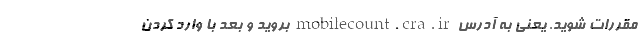
مقررات شوید. یعنی به آدرس mobilecount.cra.ir بروید و بعد با وارد کردن